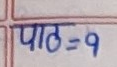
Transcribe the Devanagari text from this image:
पाठ = ९